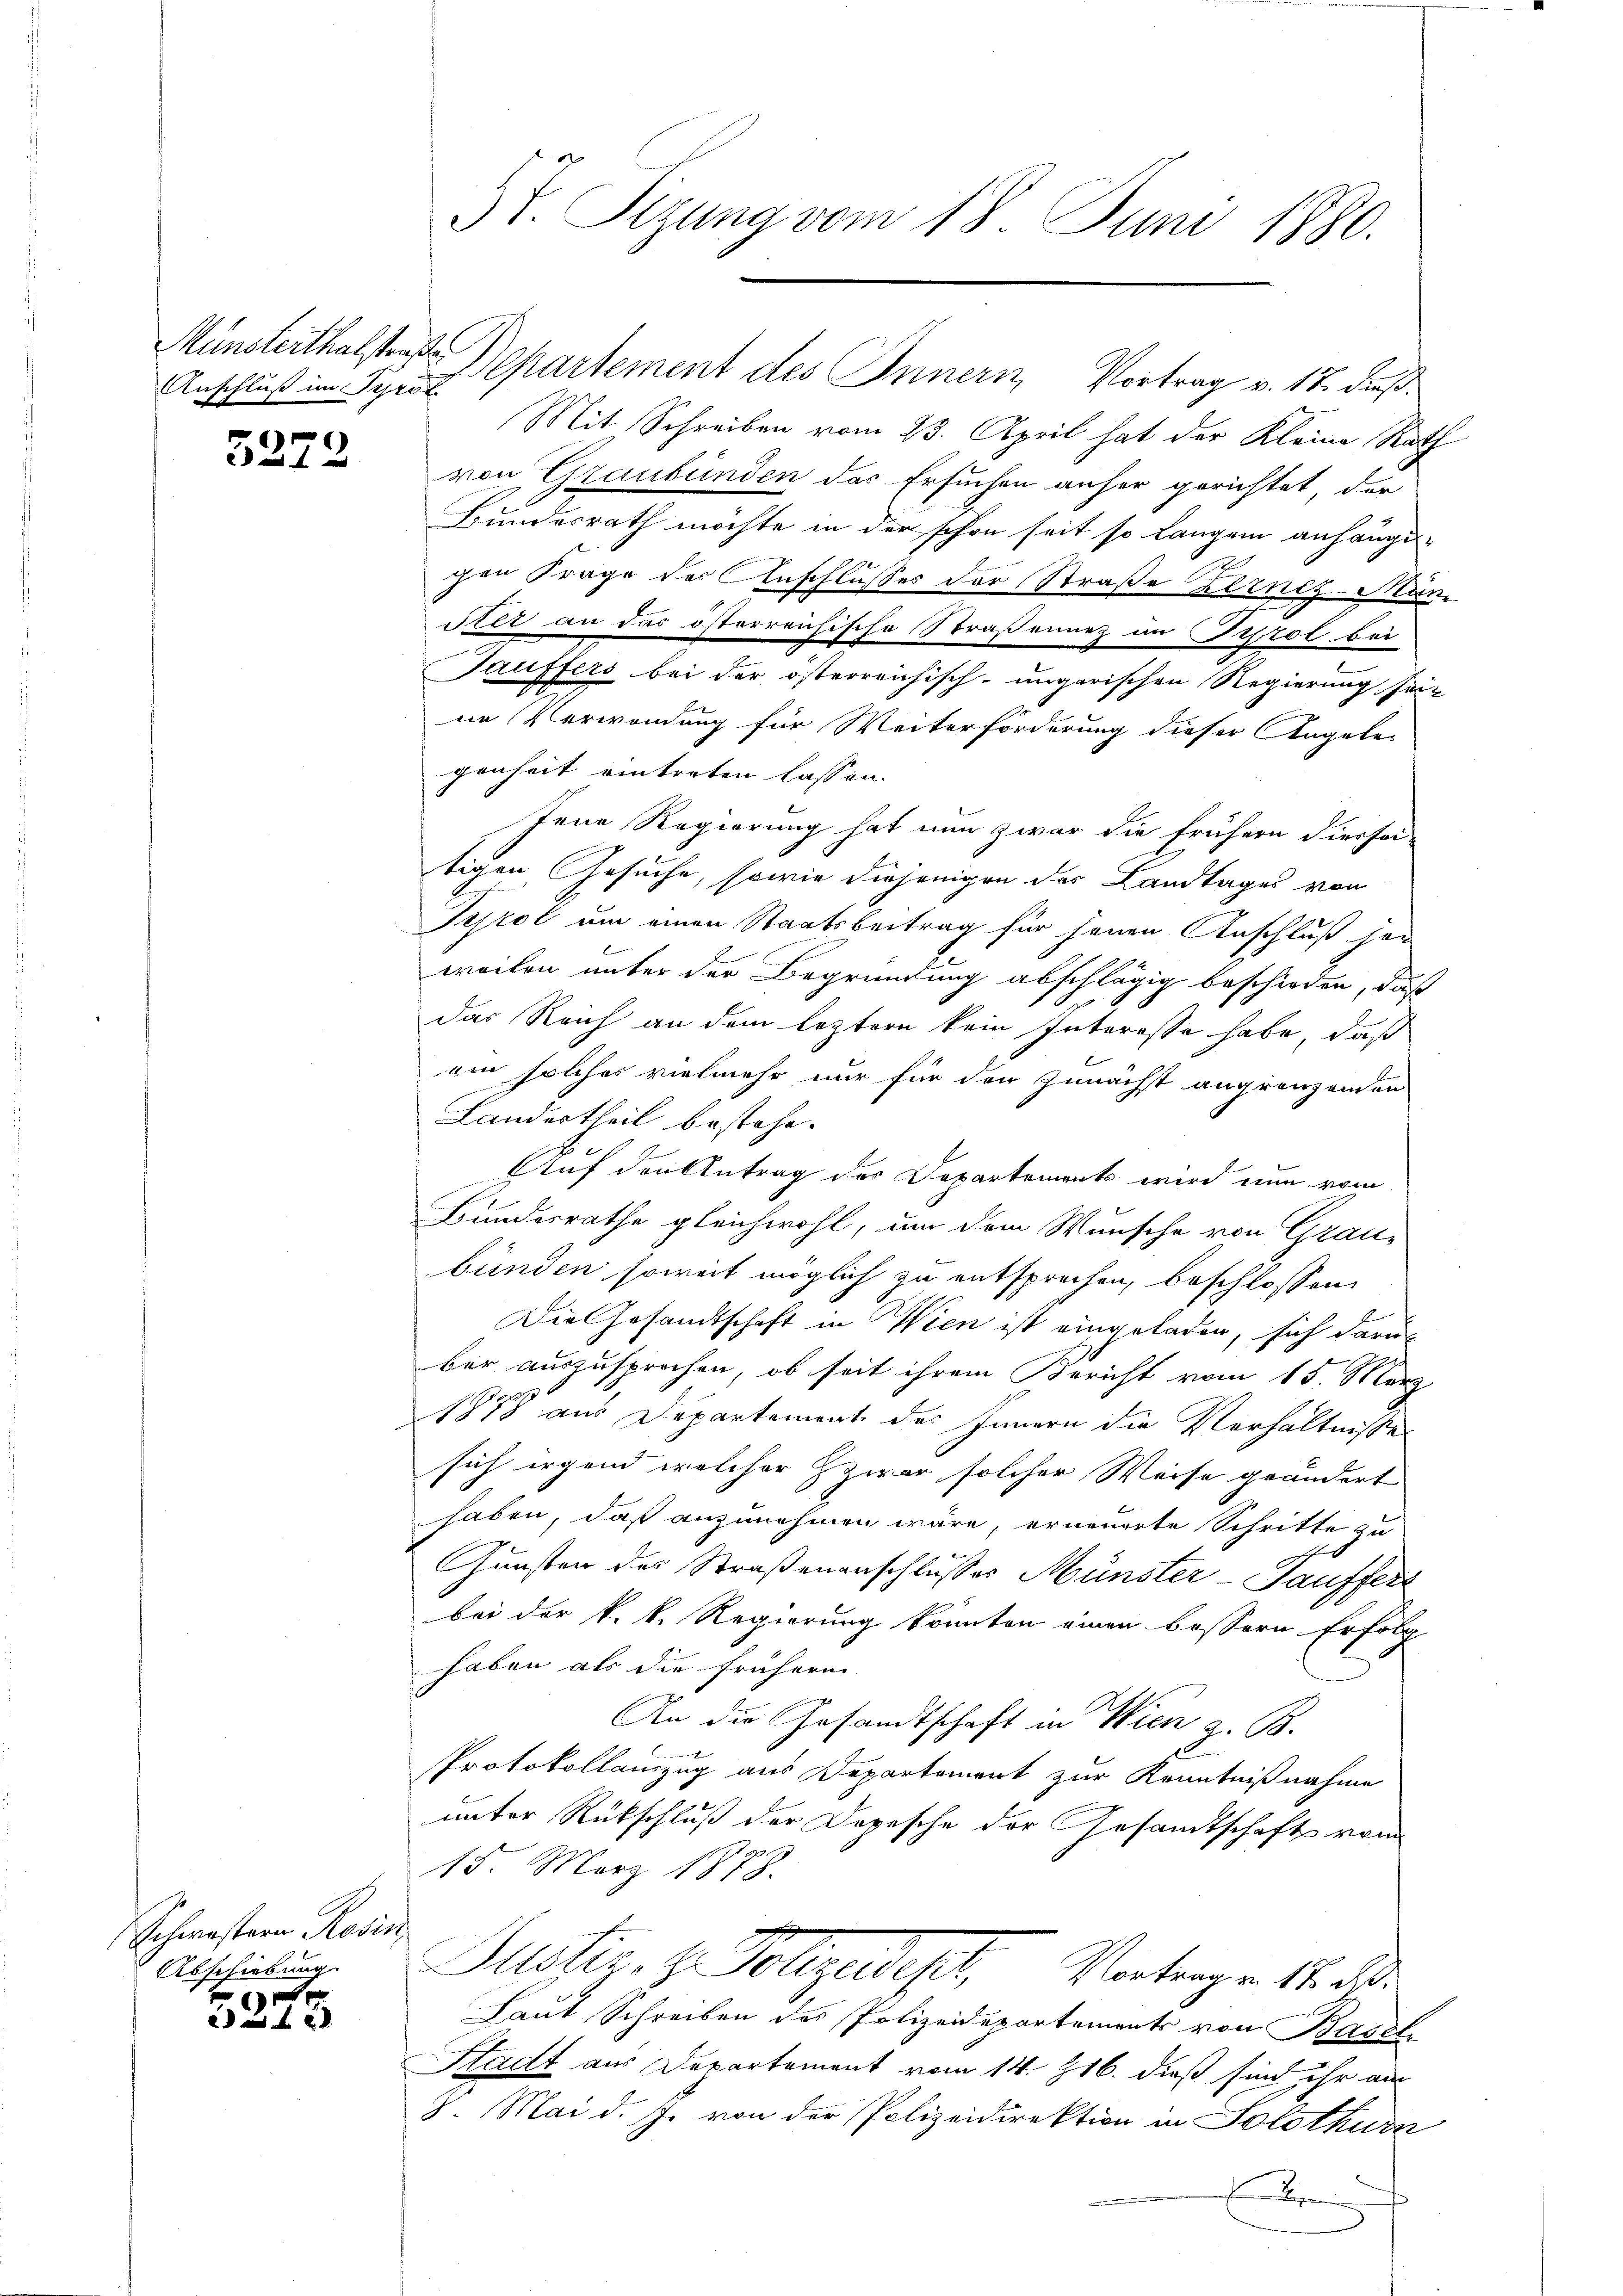
Anschluß im Tyrol.

3272

Schwestern Rosin
Abschiebung.
x

f 6 x

Mit Schreiben vom 23. April hat der Kleine Rath
von Graubünden das Ersuchen anher gerichtet, der
Bundesrath möchte in der schon seit so langen anhängigen Frage des Anschlusses der Straße Kernez-Man
Ster an das österreichische Straßennez im Tirol bei
Tauffers bei der österreichisch-ungarischen Regierung seine Verwendung für Weiterforderung dieser Angele-
genheit eintreten lassen.
Jene Regierung hat nun zwar die frühern diessei-
tigen Gesuche, sowie diejenigen des Landtages von
Tyrol um einen Staatsbeitrag für jenen Anschluß her
weilen unter der Begründung abschlägig beschieden, daß
das Reich an dem leztern kein Interesse habe, daß
ain solches vielmehr nur für den zunächst angrenzenden
Landertheil bestehe.
Bet
Auf den Antrag des Departements wird nun vom
Bundesrathe gleichwohl, um dem Wunsche von Graubunden soweit möglich zu entsprechen, beschlossen,
Die Gesandtschaft in Wien ist eingeladen, sich darun
ber auszusprochen, ob seit ihrem Bericht vom 15. März
1878 aus Departement des Innern die Verhältnissen
sich irgend welcher zwar solcher Weise geändert
haben, daß anzunehmen wäre, erneuerte Schritte zu
e
Gunsten des Straßenanschlusses Münster-Hauffert
bei der k. k. Regierung könnten einen bessern Erfolg
haben als die früherei
An die Gesandtschaft in Wien z. B.
Protokollauszug aus Departement zur Kenntnißnahme
unter Rückschluß der Depesche der Gesandtschaft vom
15. März 1878.
Justiz- & Vollzudipt, Vortrage 18. 30.
Laut Schreiben des Polizeidepartements von Basel
Stadt aus Departement vom 14. 216. dieß sind ihr am
8. Mai d. J. von der Polizeidirektion in Solothurn
B

St. Sizung vom 18. Juni 1880.

Münsterthalstraße Departement des Innern, Vortrag v. 17. dieß